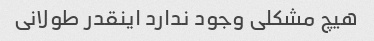
هیچ مشکلی وجود ندارد اینقدر طولانی